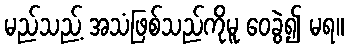
မည်သည့် အသံဖြစ်သည်ကိုမူ ဝေခွဲ၍ မရ။